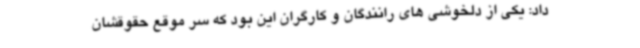
داد: یکی از دلخوشی های رانندگان و کارگران این بود که سر موقع حقوقشان